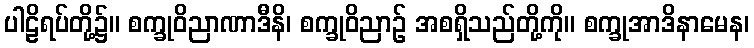
ပါဠိရပ်တို့၌။ စက္ခုဝိညာဏာဒီနိ၊ စက္ခုဝိညာဉ် အစရှိသည်တို့ကို။ စက္ခုအာဒိနာမေန၊